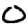
Digit: 0